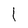
Character: I